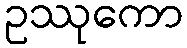
ဥဿုကော